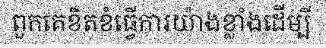
ពួកគេខិតខំធ្វើការយ៉ាងខ្លាំងដើម្បី